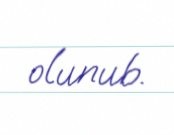
olunub.